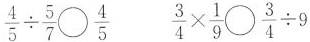
$$\frac { 4 } { 5 } \div \frac { 5 } { 7 } \circ \frac { 4 } { 5 }$$ $$\frac { 3 } { 4 } \times \frac { 1 } { 9 } \circ \frac { 3 } { 4 } \div 9$$